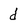
Character: d